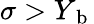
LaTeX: \sigma>Y_{\mathrm{~b~}}